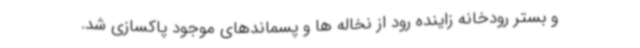
و بستر رودخانه زاینده رود از نخاله ها و پسماندهای موجود پاکسازی شد.